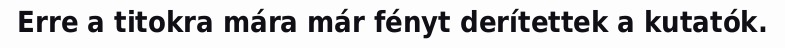
Erre a titokra mára már fényt derítettek a kutatók.